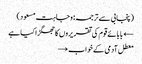
(پنجابی سے ترجمہ: وجاہت مسعود)
← بابائے قوم کی تقریروں کا جھگڑا کیا ہے
معطل آدمی کے خواب →